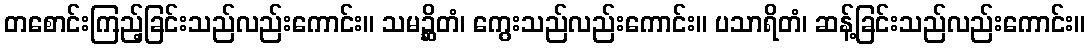
တစောင်းကြည့်ခြင်းသည်လည်းကောင်း။ သမဉ္ဆိတံ၊ ကွေးသည်လည်းကောင်း။ ပသာရိတံ၊ ဆန့်ခြင်းသည်လည်းကောင်း။